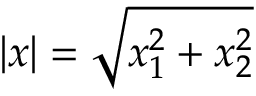
| x | = \sqrt { x _ { 1 } ^ { 2 } + x _ { 2 } ^ { 2 } }